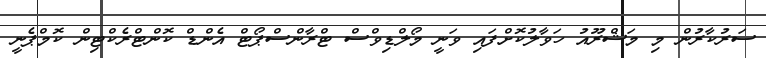
ސަރުކާރުން މި މަޝްރޫއު ހަވާލުކޮށްފައި ވަނީ މޯލްޑިވްސް ޓްރާންސްޕޯޓް އެންޑް ކޮންޓްރެކްޓިން ކޮމްޕެނީ